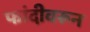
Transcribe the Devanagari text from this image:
फांदीवरून